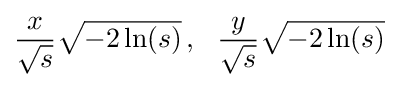
{\frac {x}{\sqrt {s}}}{\sqrt {-2\ln(s)}}\,,\ \ {\frac {y}{\sqrt {s}}}{\sqrt {-2\ln(s)}}